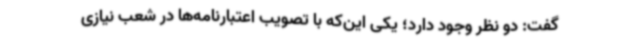
گفت: دو نظر وجود دارد؛ یکی این‌که با تصویب اعتبارنامه‌ها در شعب نیازی